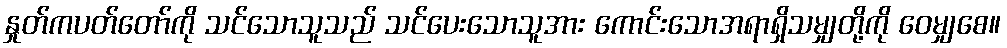
နှုတ်ကပတ်တော်ကို သင်သောသူသည် သင်ပေးသောသူအား ကောင်းသောအရာရှိသမျှတို့ကို ဝေမျှစေ။